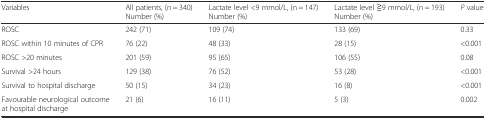
<table><thead><tr><td><b>Variables</b></td><td><b>All patients, (n = 340) Number (%)</b></td><td><b>Lactate level &lt;9 mmol/L, (n = 147) Number (%)</b></td><td><b>Lactate level ≧9 mmol/L, (n = 193) Number (%)</b></td><td><b><i>P</i> value</b></td></tr></thead><tbody><tr><td>ROSC</td><td>242 (71)</td><td>109 (74)</td><td>133 (69)</td><td>0.33</td></tr><tr><td>ROSC within 10 minutes of CPR</td><td>76 (22)</td><td>48 (33)</td><td>28 (15)</td><td>&lt;0.001</td></tr><tr><td>ROSC &gt;20 minutes</td><td>201 (59)</td><td>95 (65)</td><td>106 (55)</td><td>0.08</td></tr><tr><td>Survival &gt;24 hours</td><td>129 (38)</td><td>76 (52)</td><td>53 (28)</td><td>&lt;0.001</td></tr><tr><td>Survival to hospital discharge</td><td>50 (15)</td><td>34 (23)</td><td>16 (8)</td><td>&lt;0.001</td></tr><tr><td>Favourable neurological outcome at hospital discharge</td><td>21 (6)</td><td>16 (11)</td><td>5 (3)</td><td>0.002</td></tr></tbody></table>